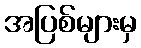
အပြစ်များမှ